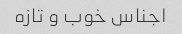
اجناس خوب و تازه